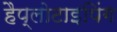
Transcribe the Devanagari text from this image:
हैप्लोटाइपिंग